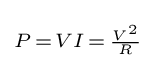
\scriptstyle P\,=\,VI\,=\,{\frac {V^{2}}{R}}